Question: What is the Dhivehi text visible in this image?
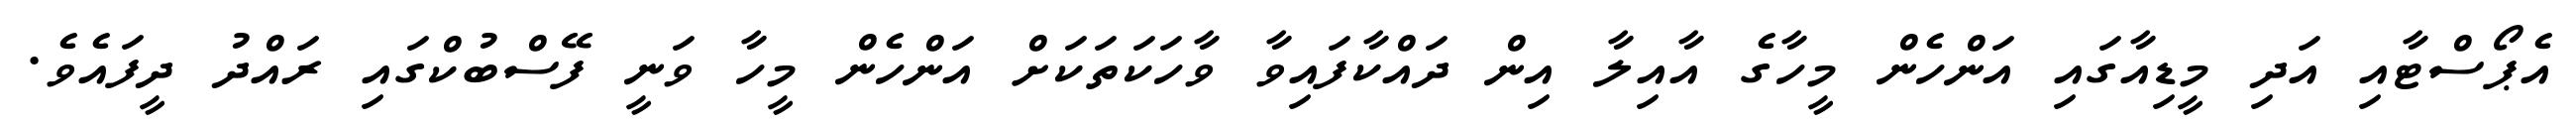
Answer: އެޕޯސްޓާއި އަދި މީޑިއާގައި އަންހެން މީހާގެ އާއިލާ އިން ދައްކާފައިވާ ވާހަކަތަކަށް އަންހެން މީހާ ވަނީ ފޭސްބުކްގައި ރައްދު ދީފައެވެ.